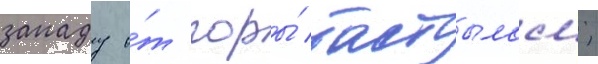
западу о́т горы́ бастылам;